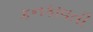
કનકાવતી